Report of the Indian Hemp Drugs Commission, 1894-1895 - Volume VI
Year: 1894
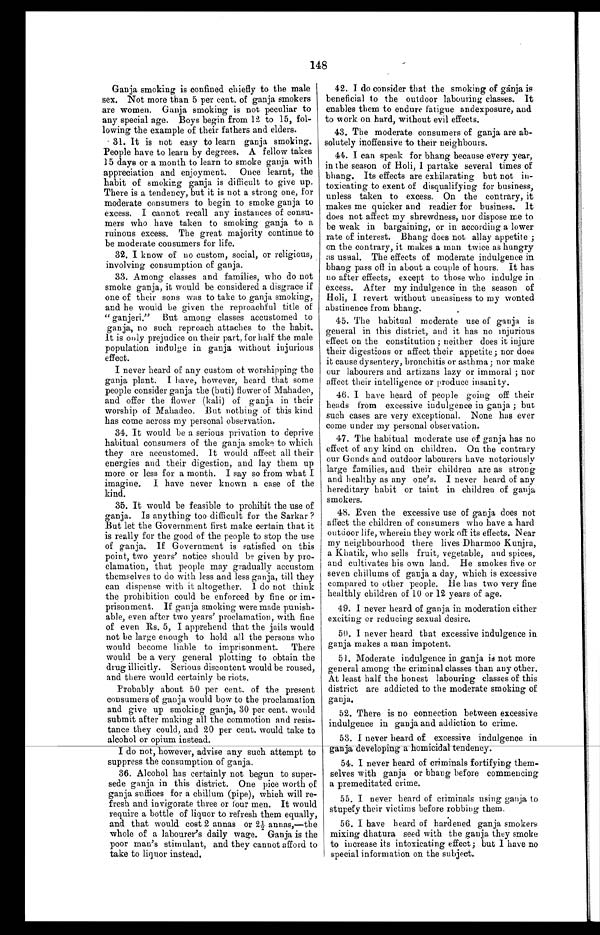
148
Ganja smoking is confined chiefly to the male
sex. Not more than 5 per cent of ganja smokers
are women. Ganja smoking is not peculiar to
any special age. Boys begin from 12 to 15, fol
-
lowing the example of their fathers and elders.
31. It is not easy to learn ganja smoking.
People have to learn by degrees. A fellow takes
15 days or a month to learn to smoke ganja with
appreciation and enjoyment. Once learnt, the
habit of smoking ganja is difficult to give up.
There is a tendency, but it is not a strong one, for
moderate consumers to begin to smoke ganja to
excess. I cannot recall any instances of consu
-
mers who have taken to smoking ganja to a
ruinous excess, The great majority continue to
be moderate consumers for life.
32. I know of no custom, social, or religious,
involving consumption of ganja.
33. Among classes and families, who do not
smoke ganja, it would be considered a disgrace if
one of their sons was to take to ganja smoking,
and he would be given the reproachful title of
"ganjeri." But among classes accustomed to
ganja, no such reproach attaches to the habit.
It is only prejudice on their part, for half the male
population indulge in ganja without injurious
effect.
I never heard of any custom of worshipping the
ganja plant. I have, however, heard that some
people consider ganja the (buti) flower of Mahadeo,
and offer the flower (kali) of ganja in their
worship of Mahadeo. But nothing of this kind
has come across my personal observation.
34. It would be a serious privation to deprive
habitual consumers of the ganja smoke to which
they are accustomed. It would affect all their
energies and their digestion, and lay them up
more or less for a month. I say so from what I
imagine. I have never known a case of the
kind.
35. It would be feasible to prohibit the use of
ganja. Is anything too difficult for the Sarkar ?
But let the Government first make certain that it
is really for the good of the people to stop the use
of ganja. If Government is satisfied on this
point, two years' notice should be given by pro-
clamation, that people may gradually accustom
themselves to do with less and less ganja, till they
can dispense with it altogether. I do not think
the prohibition could be enforced by fine or im-
prisonment. If ganja smoking were made punish-
able, even after two years' proclamation, with fine
of even Rs. 5, I apprehend that the jails would
not be large enough to hold all the persons who
would become liable to imprisonment. There
would be a very general plotting to obtain the
drug illicitly. Serious discontent would be roused,
and there would certainly be riots.
Probably about 50 per cent. of the present
consumers of ganja would bow to the proclamation
and give up smoking ganja, 30 per cent. would
submit after making all the commotion and resis
-
tance they could, and 20 per cent would take to
alcohol or opium instead.
I do not, however, advise any such attempt to
suppress the consumption of ganja.
36. Alcohol has certainly not begun to super
-
sede ganja in this district. One pice worth of
ganja suffices for a chillum (pipe), which will re
-
fresh and invigorate three or four men. It would
require a bottle of liquor to refresh them equally,
and that would cost 2 annas or 2½ annas,—the
whole of a labourer's daily wage. Ganja is the
poor man's stimulant, and they cannot afford to
take to liquor instead.
42. I do consider that the smoking of ganja is
beneficial to the outdoor labouring classes. It
enables them to endure fatigue andexposure, and
to work on hard, without evil effects.
43. The moderate consumers of ganja are ab
-
solutely inoffensive to their neighbours.
44. I can speak for bhang because every year,
in the season of Holi, I partake several times of
bhang. Its effects are exhilarating but not in
-
toxicating to exent of disqualifying for business,
unless taken to excess. On the contrary, it
makes me quicker and readier for business. It
does not affect my shrewdness, nor dispose me to
be weak in bargaining, or in according a lower
rate of interest. Bhang does not allay appetite ;
on the contrary, it makes a man twice as hungry
as usual. The effects of moderate indulgence in
bhang pass off in about a couple of hours. It has
no after effects, except to those who indulge in
excess. After my indulgence in the season of
Holi, I revert without uneasiness to my wonted
abstinence from bhang.
45. The habitual moderate use of ganja is
general in this district, and it has no injurious
effect on the constitution; neither does it injure
their digestions or affect their appetite; nor does
it cause dysentery, bronchitis or asthma; nor make
our labourers and artizans lazy or immoral; nor
affect their intelligence or produce insanity.
46. I have heard of people going off their
heads from excessive indulgence in ganja; but
such cases are very exceptional. None has ever
come under my personal observation.
47. The habitual moderate use of ganja has no
effect of any kind on children. On the contrary
our Goads and outdoor labourers have notoriously
large families, and their children are as strong
and healthy as any one's. I never heard of any
hereditary habit or taint in children of
g a n j a
smokers.
48. Even the excessive use of ganja does not
affect the children of consumers who have a hard
outdoor life, wherein they work off its effects. Near
my neighbourhood there lives Dharmoo Kunjra,
a Khatik, who sells fruit, vegetable, and spices,
and cultivates his own land. He smokes five or
seven chillums of ganja a day, which is excessive
compared to other people. He has two very fine
healthly children of 10 or 12 years of age.
49. I never heard of ganja in moderation either
exciting or reducing sexual desire.
50. I never heard that excessive indulgence in
ganja makes a man impotent.
51. Moderate indulgence in ganja is not more
general among the criminal classes than any other,
At least half the honest labouring classes of this
district are addicted to the moderate smoking of
g a n j a .
52. There is no connection between excessive
indulgence in ganja and addiction to crime.
53. I never heard of excessive indulgence in
ganja developing a homicidal tendency.
54. I never heard of criminals fortifying them
-
selves with ganja or bhang before commencing
a premeditated crime.
55. I never beard of criminals using ganja to
stupefy their victims before robbing them.
56. I have heard of hardened ganja smokers
mixing dhatura seed with the ganja they smoke
to increase its intoxicating effect; but I have no
special information on the subject.